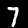
Label: 7